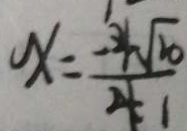
x = \frac { - 4 \sqrt { 1 0 } } { 4 1 }